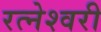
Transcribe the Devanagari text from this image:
रत्नेश्वरी